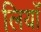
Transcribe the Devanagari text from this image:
लियाँ